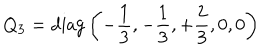
Q _ { 3 } = \mathrm { d i a g } \left( - { \frac { 1 } { 3 } } , - { \frac { 1 } { 3 } } , + { \frac { 2 } { 3 } } , 0 , 0 \right)